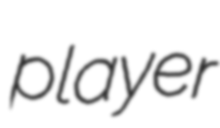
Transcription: player